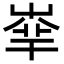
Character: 𡴟